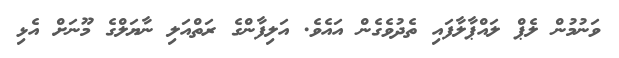
ވަނުމުން ލެޕް ލައްޕާލާފައި ތެދުވެގެން އައެވެ. އަލިފާންގެ ރަތްއަލި ނާޔަލްގެ މޫނަށް އެޅި